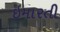
ઇમારતી